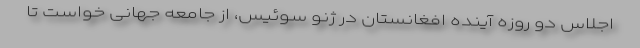
اجلاس دو روزه آینده افغانستان در ژنو سوئیس، از جامعه جهانی خواست تا